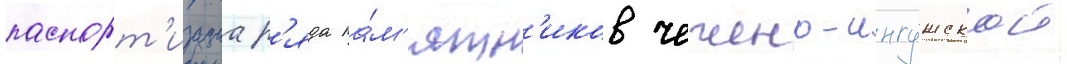
паспорт'изациа р'яда па́м'ятн'иков чечено-ингушскои